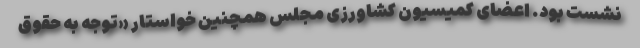
نشست بود. اعضای کمیسیون کشاورزی مجلس همچنین خواستار «توجه به حقوق